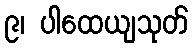
၉၊ ပါထေယျသုတ်